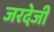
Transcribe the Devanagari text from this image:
जरदेजी